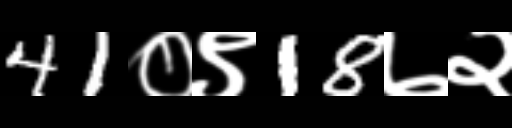
Text: 41०९18७२